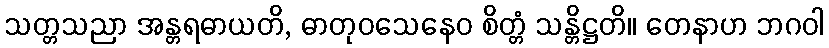
သတ္တသညာ အန္တရဓာယတိ, ဓာတုဝသေနေဝ စိတ္တံ သန္တိဋ္ဌတိ။ တေနာဟ ဘဂဝါ